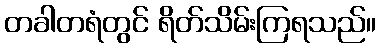
တခါတရံတွင် ရိတ်သိမ်းကြရသည်။